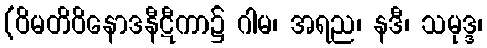
(ဝိမတိဝိနောဒနီဋီကာ၌ ဂါမ၊ အရည၊ နဒီ၊ သမုဒ္ဒ၊